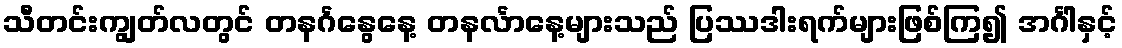
သီတင်းကျွတ်လတွင် တနင်္ဂနွေနေ့ တနင်္လာနေ့များသည် ပြဿဒါးရက်များဖြစ်ကြ၍ အင်္ဂါနှင့်